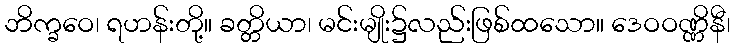
ဘိက္ခဝေ၊ ရဟန်းတို့။ ခတ္တိယာ၊ မင်းမျိုး၌လည်းဖြစ်ထသော။ ဒေဝဝဏ္ဏိနီ၊